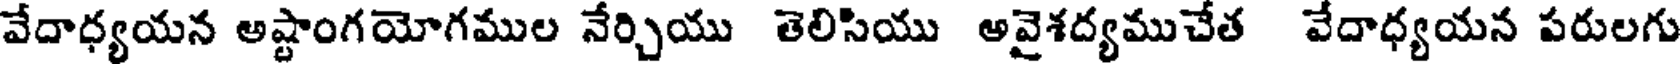
వేదాధ్యయన అష్టాంగయోగముల నేర్చియు తెలిసియు అవైశద్యముచేత వేదాధ్యయన పరులగు